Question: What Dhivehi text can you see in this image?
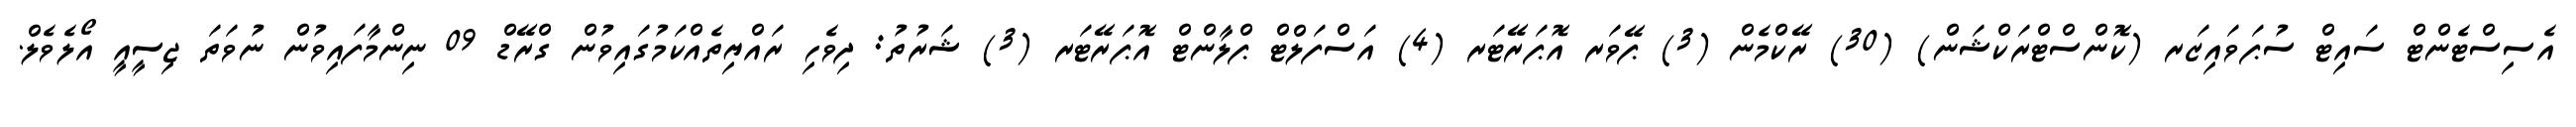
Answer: އެސިސްޓެންޓް ސައިޓް ސުޕަވައިޒަރ (ކޮންސްޓްރަކްޝަން) (30) ރޭކްމެން (3) ޕޭވަރ އޮޕަރޭޓަރ (4) އަސްފަލްޓް ޕްލާންޓް އޮޕަރޭޓަރ (3) ޝަރުތު: ދިވެހި ރައްޔިތެއްކަމުގައިވުން ގްރޭޑް 09 ނިންމާފައިވުން ނުވަތަ ޖިސީއީ އޯލެވެލް.